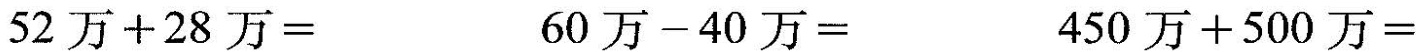
52万+28万=60万-40万=450万+500万=